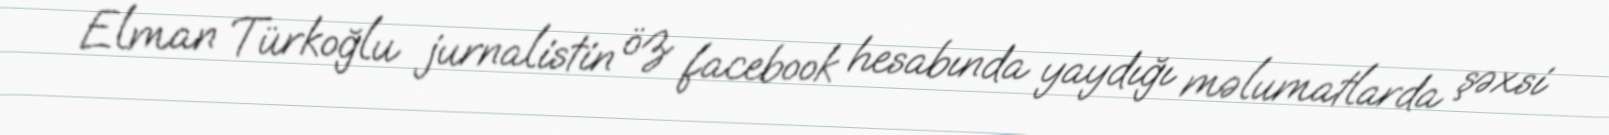
Elman Türkoğlu jurnalistin öz facebook hesabında yaydığı məlumatlarda şəxsi